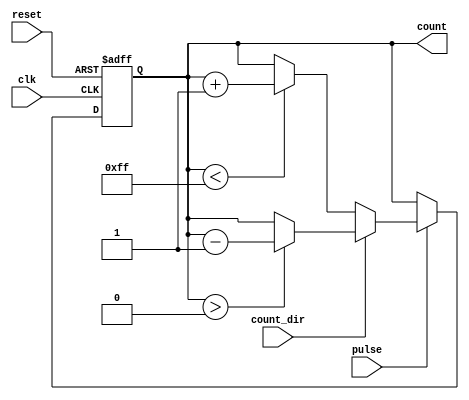
module pulse_counter #(
    parameter N = 8  // Parameter to define the bit-width of the counter
)(
    input wire clk,          // Clock signal
    input wire reset,        // Asynchronous reset signal
    input wire pulse,        // Input pulse signal
    input wire count_dir,    // Counting direction (0 for up, 1 for down)
    output reg [N-1:0] count // N-bit output for the current count value
);

    // Always block for synchronous logic
    always @(posedge clk or posedge reset) begin
        if (reset) begin
            count <= 0; // Reset the counter to zero
        end else if (pulse) begin
            if (count_dir == 1'b0) begin
                // Count up
                if (count < (1 << N) - 1) begin
                    count <= count + 1; // Increment count
                end
            end else begin
                // Count down
                if (count > 0) begin
                    count <= count - 1; // Decrement count
                end
            end
        end
    end

endmodule